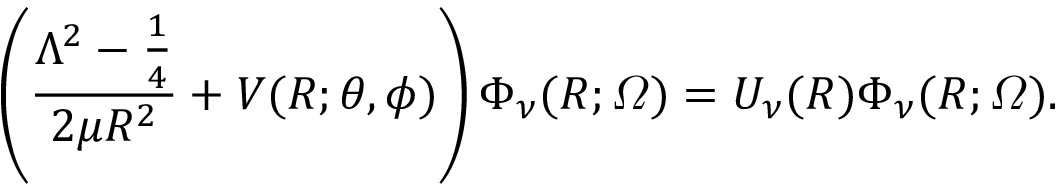
\left( \frac { \Lambda ^ { 2 } - \frac { 1 } { 4 } } { 2 \mu R ^ { 2 } } + V ( R ; \theta , \phi ) \right) \Phi _ { \nu } ( R ; \varOmega ) = U _ { \nu } ( R ) \Phi _ { \nu } ( R ; \varOmega ) .